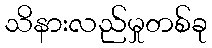
သိနားလည်မှုတစ်ခု